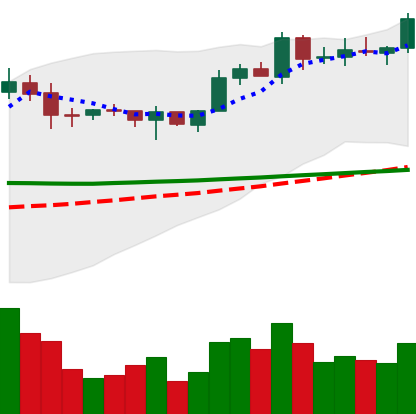
Ticker: EOS-USD
Chart end date: 2020-02-05
Forward return: 8.658%
Label: up_7plus